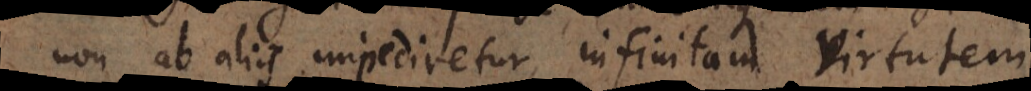
non ab aliis impediretur, infinitam virtutem